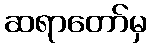
ဆရာတော်မှ